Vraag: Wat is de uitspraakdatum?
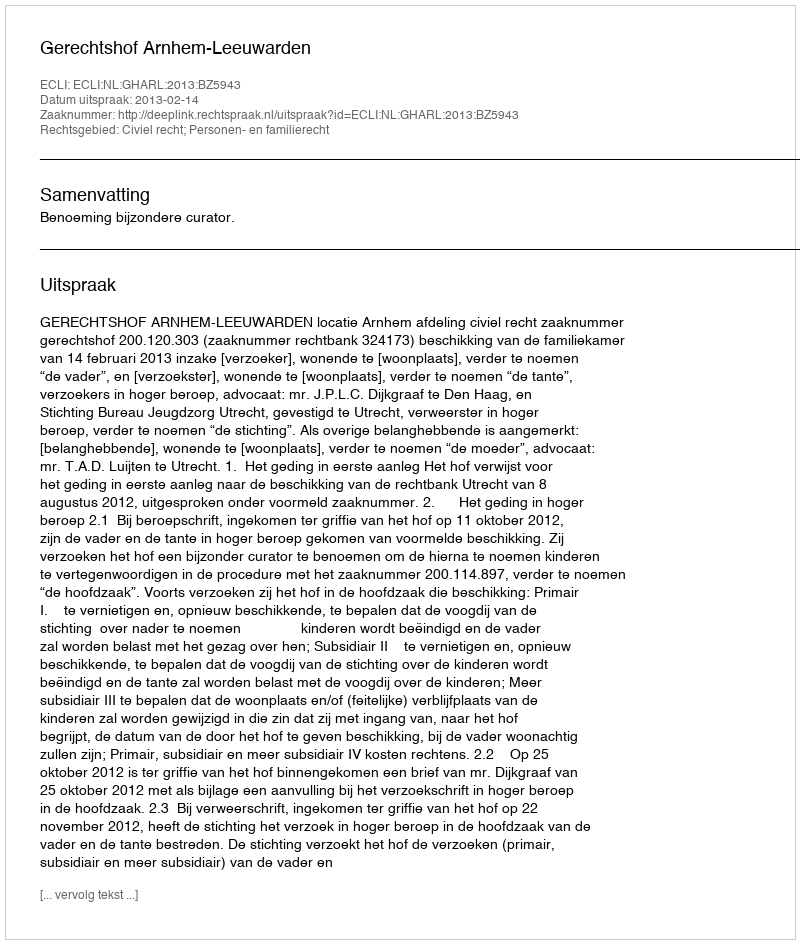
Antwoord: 2013-02-14